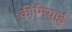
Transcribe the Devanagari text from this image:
कीमियाई